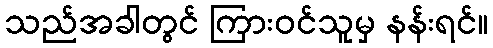
သည်အခါတွင် ကြားဝင်သူမှ နန်းရင်။